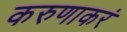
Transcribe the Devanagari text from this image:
करुणाकरं